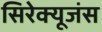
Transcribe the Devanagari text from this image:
सिरेक्यूजंस